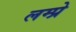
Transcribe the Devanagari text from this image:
लम्प्रे